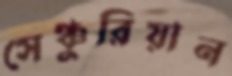
সেঞ্চুরিয়ান